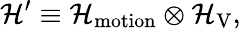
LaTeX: \mathcal{H}^{\prime}\equiv\mathcal{H}_{\mathrm{motion}}\otimes\mathcal{H}_{\mathrm{V}},